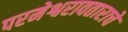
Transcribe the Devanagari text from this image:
परमेश्वरावताराचे